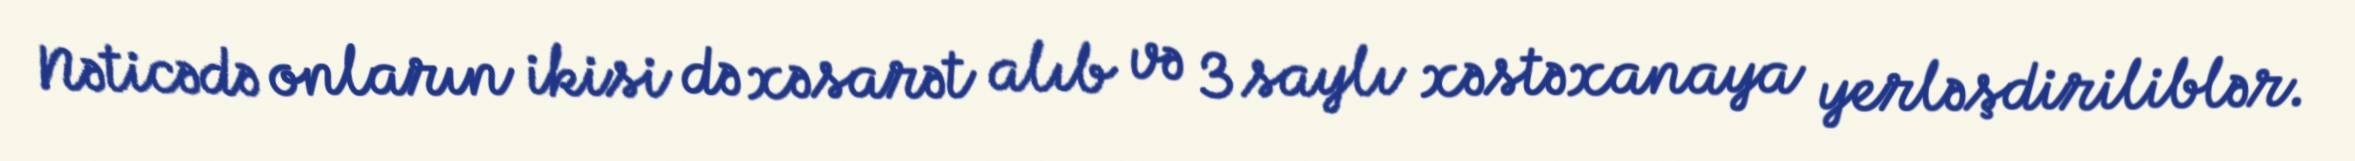
Nəticədə onların ikisi də xəsarət alıb və 3 saylı xəstəxanaya yerləşdiriliblər.